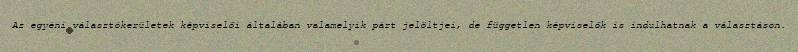
Az egyéni választókerületek képviselői általában valamelyik párt jelöltjei, de független képviselők is indulhatnak a választáson.